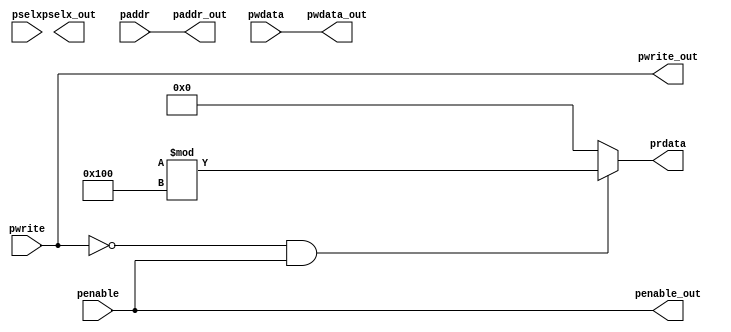
module apb_interface( input penable, pwrite, input [2:0] pselx, input [31:0] paddr, pwdata, output reg [31:0] prdata, output penable_out, pwrite_out, output [2:0] pselx_out, 
output [31:0] paddr_out, pwdata_out);
 assign penable_out = penable;
assign pwrite_out = pwrite;
assign pslex_out = pselx;
assign paddr_out = paddr;
assign pwdata_out = pwdata;

always@(*)
begin
if(!pwrite && penable)
prdata = ($random) % 256;
else
prdata = 32'd0;
end
endmodule